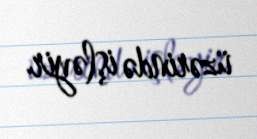
üzərində işləyir.